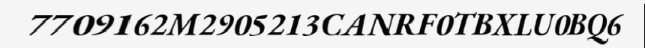
7709162M2905213CANRF0TBXLU0BQ6